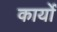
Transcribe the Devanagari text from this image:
कार्योँ